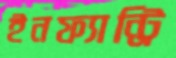
ইনফ্যান্ট্রি